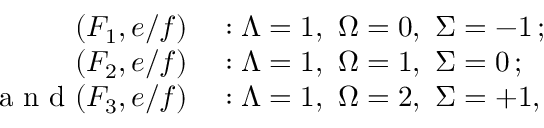
\begin{array} { r l } { ( F _ { 1 } , e / f ) } & { { } : \ensuremath { \Lambda } = 1 , \ \ensuremath { \Omega } = 0 , \ \ensuremath { \Sigma } = - 1 \, ; } \\ { ( F _ { 2 } , e / f ) } & { { } : \ensuremath { \Lambda } = 1 , \ \ensuremath { \Omega } = 1 , \ \ensuremath { \Sigma } = 0 \, ; } \\ { \mathrm { ~ a ~ n ~ d ~ } ( F _ { 3 } , e / f ) } & { { } : \ensuremath { \Lambda } = 1 , \ \ensuremath { \Omega } = 2 , \ \ensuremath { \Sigma } = + 1 , } \end{array}